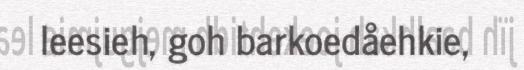
leesieh, goh barkoedåehkie,